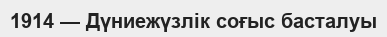
1914 — Дүниежүзлік соғыс басталуы